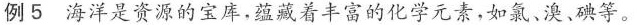
例5 海洋是资源的宝库，蕴藏着丰富的化学元素，如氯、溴、碘等。